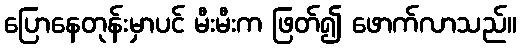
ပြောနေတုန်းမှာပင် မီးမီးက ဖြတ်၍ ဖောက်လာသည်။